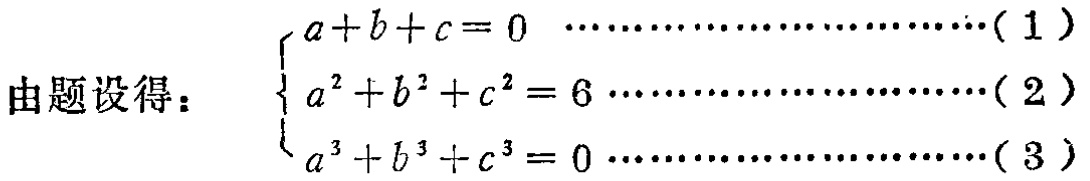
由题设得：

\[\begin{cases}

a + b + c = 0 \quad \cdots\cdots\cdots\cdots\cdots\cdots\cdots(1)\\

a^{2} + b^{2} + c^{2} = 6 \quad \cdots\cdots\cdots\cdots\cdots\cdots\cdots(2)\\

a^{3} + b^{3} + c^{3} = 0 \quad \cdots\cdots\cdots\cdots\cdots\cdots\cdots(3)

\end{cases}\]